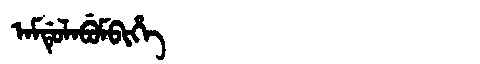
Manchu: ᠠᠮᡩᡠᠯᠠᠪᡠᠮᠪᡳᡥᡝ
Romanization: AMDULABUMBIHE